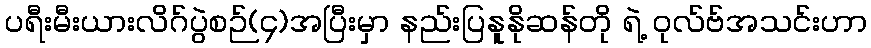
ပရီးမီးယားလိဂ်ပွဲစဉ်(၄)အပြီးမှာ နည်းပြနူနိုဆန်တို ရဲ့ ဝုလ်ဗ်အသင်းဟာ